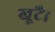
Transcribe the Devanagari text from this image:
खूटै।